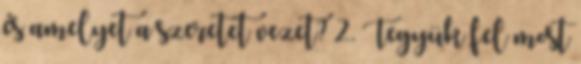
és amelyet a szeretet vezet? 2. Tegyük fel most